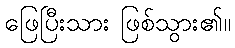
ဖြေပြီးသား ဖြစ်သွား၏။